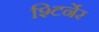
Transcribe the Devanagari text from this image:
श्टिर्नेर